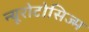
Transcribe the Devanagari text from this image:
न्यूरोटोसिज्म